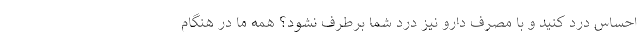
احساس درد کنید و با مصرف دارو نیز درد شما برطرف نشود؟ همه‌ ما در هنگام